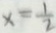
x = \frac { 1 } { 2 }